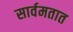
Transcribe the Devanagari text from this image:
सार्वमतात